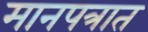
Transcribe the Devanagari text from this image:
मानपत्रात